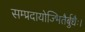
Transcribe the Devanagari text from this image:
सम्प्रदायोज्भितैर्बुधैः।